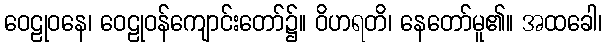
ဝေဠုဝနေ၊ ဝေဠုဝန်ကျောင်းတော်၌။ ဝိဟရတိ၊ နေတော်မူ၏။ အထခေါ၊